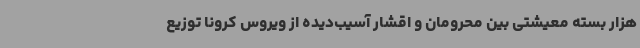
هزار بسته معیشتی بین محرومان و اقشار آسیب‌دیده از ویروس کرونا توزیع